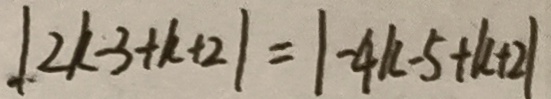
\vert 2 k - 3 + k + 2 \vert = \vert - 4 k - 5 + k + 2 \vert